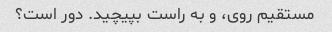
مستقیم روی، و به راست بپیچید. دور است؟